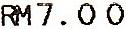
RM7.00